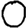
Digit: 0